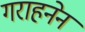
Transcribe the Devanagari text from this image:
गराहनेन